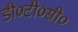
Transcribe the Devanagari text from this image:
डी०टी०सी०